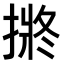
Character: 𭡯